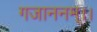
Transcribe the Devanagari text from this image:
गजाननम्।।